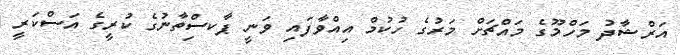
އަރްޝާދު މަހްމޫގެ މައްޗަށް މަރުގެ ހުކުމް އިއްވާފައި ވަނީ ޕާކސިްތާނުގެ ކުރީގެ އަސްކަރީ